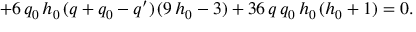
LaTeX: + 6 \, q _ { 0 } \, h _ { 0 } \, ( q + q _ { 0 } - q ^ { \prime } ) \, ( 9 \, h _ { 0 } - 3 ) + 3 6 \, q \, q _ { 0 } \, h _ { 0 } \, ( h _ { 0 } + 1 ) = 0 .